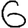
Digit: 6